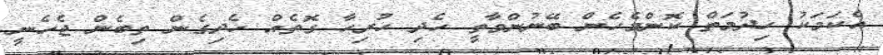
އެކަމަކު ހިދުމަތް ކޮންމެހެން ބޭނުންވާތީ ހެދި ހުރިހާ ގޮތެއް ހެދިގެން ތިބެން ޖެހެނީ